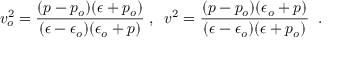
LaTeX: v _ { o } ^ { 2 } = \frac { ( p - p _ { o } ) ( \epsilon + p _ { o } ) } { ( \epsilon - \epsilon _ { o } ) ( \epsilon _ { o } + p ) } \; , \; \; v ^ { 2 } = \frac { ( p - p _ { o } ) ( \epsilon _ { o } + p ) } { ( \epsilon - \epsilon _ { o } ) ( \epsilon + p _ { o } ) } \; \; .